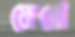
ফেরো